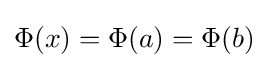
\Phi (x)=\Phi (a)=\Phi (b)